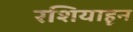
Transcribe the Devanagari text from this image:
रशियाहून